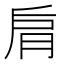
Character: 𦚌